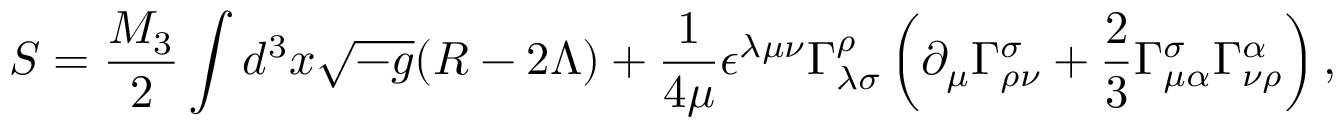
S = { \frac { M _ { 3 } } { 2 } } \int d ^ { 3 } x { \sqrt { - g } } ( R - 2 \Lambda ) + { \frac { 1 } { 4 \mu } } \epsilon ^ { \lambda \mu \nu } \Gamma _ { \lambda \sigma } ^ { \rho } \left( \partial _ { \mu } \Gamma _ { \rho \nu } ^ { \sigma } + { \frac { 2 } { 3 } } \Gamma _ { \mu \alpha } ^ { \sigma } \Gamma _ { \nu \rho } ^ { \alpha } \right) ,